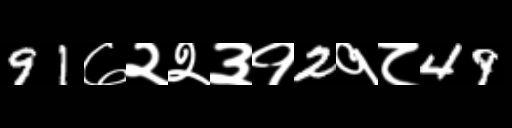
Text: 91७२२३१2१८49